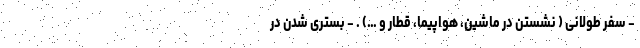
- سفر طولانی ( نشستن در ماشین، هواپیما، قطار و …) . - بستری شدن در